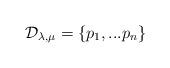
LaTeX: \begin{align*} {\mathcal D}_{\lambda,\mu}=\{p_1,...p_n\}\end{align*}